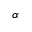
\boldsymbol { \alpha }